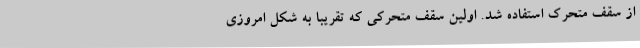
از سقف متحرک استفاده شد. اولین سقف متحرکی که تقریبا به شکل امروزی